Civil Veterinary Department Bihar & Orissa reports 1911-21 - 1911-1921
Year: 1911
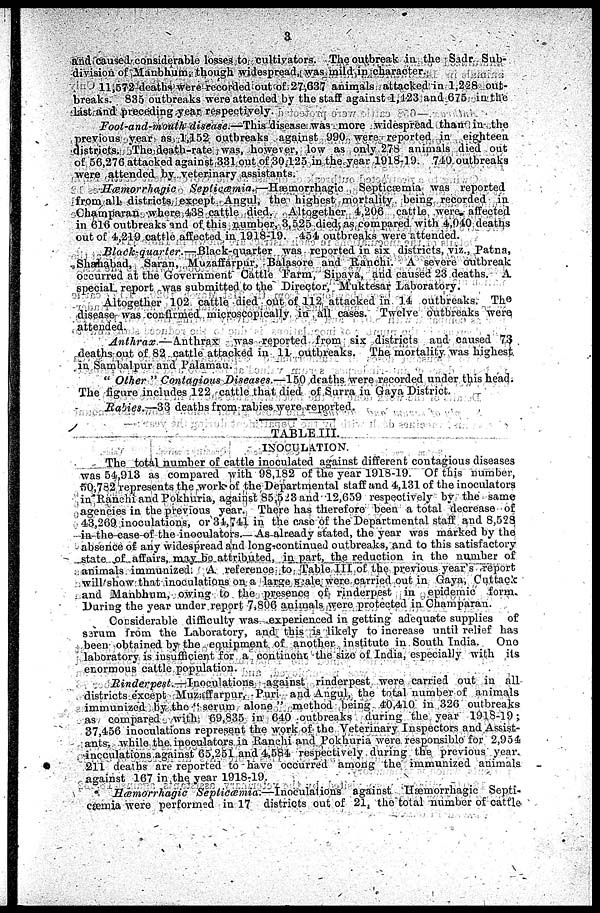
a
and caused considerable losses to cultivators. The outbreak in the Sadr Sub-
division of Marbhum, though widespread, was mild in character.
11,572 deaths were recorded out of 27,637 animals attacked in 1,228 out-
breaks. 835 outbreaks were attended by the staff against 1,123 and 675 in the
last and preceding year respectively.
Foot-and-mouth disease.—This disease was more widespread than in the
previous year as 1,152 outbreaks against 990 were reported in eighteen
districts. The death-rate was, however, low as only 278 animals died out
of 56,276 attacked against 331 out of 30,125 in the year 1918-19
740 outbreaks
were attended by veterinary assistants.
Hæmorrhagic
Septicæmia.—Hæimorrhagic
Septicæmia was reported
from all districts except Angul, the highest mortality being recorded in
Champaran where 438 cattle died. Altogether 4,206 cattle were affected
in 616 outbreaks and of this number, 3,525 died, as compared with 4,040 deaths
out of 4,219 cattle affected in 1918-19. 454 outbreaks were attended.
Black-quarter.—Black-quarter
was reported in six districts, viz., Patna,
Shahabad, Saran, Muzaffarpur, Balasore and Ranchi. A severe outbreak
occurred at the Government Cattle Farm, Sipaya, and caused 23 deaths. A
special report was submitted to the Director, Muktesar Laboratory.
Altogether 102 cattle died out of 112 attacked in 14 outbreaks. The
disease was confirmed microscopically in all cases. Twelve outbreaks were
attended.
Anthrax—Anthrax
was reported from six districts and caused 73
deaths out of 82 cattle attacked in 11 outbreaks. The mortality was highest
in Sambalpur and Palamau.
" Other " Contagious Diseases.—150 deaths were recorded under this head.
The figure includes 122 cattle that died of Surra in Gaya District.
Rabies.—33 deaths from rabies were reported.
TABLE III.
INOCULATION.
The total number of cattle inoculated against different contagious diseases
was 54,913 as compared with 98,182 of the year 191S-19. Of this number,
50,782 represents the work of the Departmental staff and 4,131 of the inoculators
in Ranchi and Pokhuria, against 85,523 and 12,659 respectively by the same
agencies in the previous year. There has therefore been a total decrease of
43,2(59 inoculations, or 31,741 in the case of the Departmental staff and 8,523
in the case of the inoculators. As already stated, the year was marked by the
absence of any widespread and long continued outbreaks, and to this satisfactory
state of affairs, may be attributed, in part, the reduction in the number of
animals immunized. A reference to Table III of the previous year's report
will show that inoculations on a large scale. were carried out in Gaya, Cuttack
and Manbhum, owing to the presence of rinderpest in epidemic form
During the year under report 7,806 animals were protected in Champaran.
Considerable difficulty was experienced in getting adequate supplies of
Sirum from the Laboratory, and this is likely to increase until relief has
been obtained by the equipment of another institute in South India.
One
laboratory is insufficient for a continent the size of India, especially with its
enormous cattle population.
Rinderpest.—Inoculations
against rinderpest were carried out in all
districts except Muzaffarpur, Puri and Angul, the total number of animals
immunized by the " serum alone " method being 40,410 in 326 outbreaks
as compared with 69,835 in 040 outbreaks during the year
1918-19:
37,456 inoculations represent the work of the Veterinary Inspectors and Assist-
ants, while the inoculators in Ranchi and Pokhuria were responsible for 2,954
inoculations against 65,251 and 4,584 respectively during the previous year.
211 deaths are reported to have occurred among the immunized animals
against 167 in the year 1918-19.
Hæmorrhagic
Septicæmia.—Inoculalions
against Hæmorrhagic Septi
cæmia were performed in 17 districts out of 21, the total number of cattle